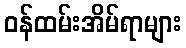
ဝန်ထမ်းအိမ်ရာများ